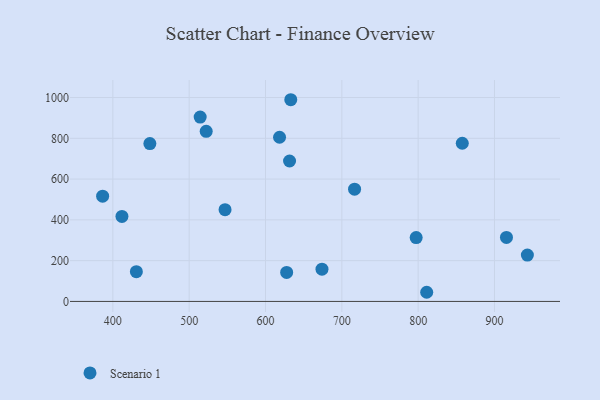
{"axis": {"x": "Engine Size", "y": "Yield"}, "legend": ["Scenario 1"], "data": [{"x": "430.8", "y": 145.7, "type": "Scenario 1"}, {"x": "618.4", "y": 805.2, "type": "Scenario 1"}, {"x": "797.4", "y": 313.3, "type": "Scenario 1"}, {"x": "627.7", "y": 142.4, "type": "Scenario 1"}, {"x": "448.5", "y": 774.3, "type": "Scenario 1"}, {"x": "857.8", "y": 775.8, "type": "Scenario 1"}, {"x": "674.0", "y": 158.0, "type": "Scenario 1"}, {"x": "811.2", "y": 44.9, "type": "Scenario 1"}, {"x": "386.6", "y": 516.3, "type": "Scenario 1"}, {"x": "915.7", "y": 314.0, "type": "Scenario 1"}, {"x": "716.7", "y": 550.3, "type": "Scenario 1"}, {"x": "522.3", "y": 834.0, "type": "Scenario 1"}, {"x": "631.5", "y": 688.7, "type": "Scenario 1"}, {"x": "514.4", "y": 904.1, "type": "Scenario 1"}, {"x": "547.0", "y": 449.8, "type": "Scenario 1"}, {"x": "411.9", "y": 417.0, "type": "Scenario 1"}, {"x": "633.1", "y": 989.2, "type": "Scenario 1"}, {"x": "943.1", "y": 227.4, "type": "Scenario 1"}]}